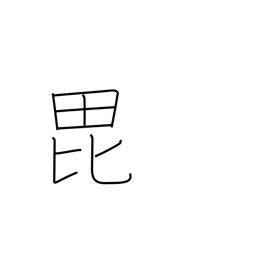
Meaning: help